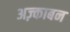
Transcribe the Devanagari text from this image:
अज़्काबन